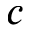
c